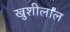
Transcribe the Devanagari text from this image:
खुशीलाल